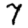
Digit: 7